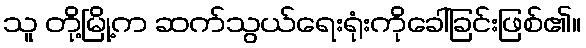
သူ တို့မြို့က ဆက်သွယ်ရေးရုံးကိုခေါ်ခြင်းဖြစ်၏။